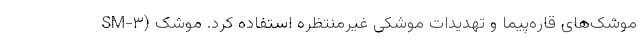
موشک‌های قاره‌پیما و تهدیدات موشکی غیرمنتظره استفاده کرد. موشک (SM-۳